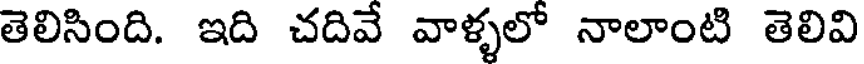
తెలిసింది. ఇది చదివే వాళ్ళలో నాలాంటి తెలివి